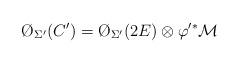
LaTeX: \begin{align*} \O_{\Sigma'}(C')=\O_{\Sigma'}(2E)\otimes \varphi'^* \mathcal{M}\end{align*}